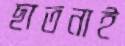
ছাতনাই